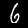
Label: 6